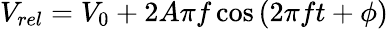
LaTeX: V_{rel}=V_{0}+2A\pi f\cos{(2\pi ft+\phi)}